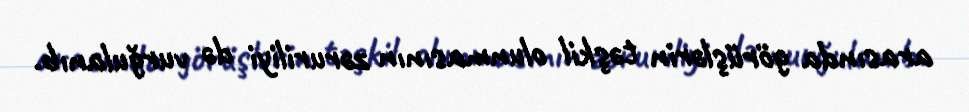
arasında görüşlərin təşkil olunmasının zəruriliyi də vurğulanıb.